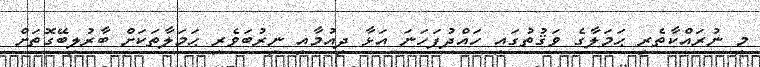
މި ނުރައްކާތެރި ޙަމަލާގެ ވަޤުތުގައި ހައްދުފަހަނަ އަޅާ ދިއުމާއި ނިރުބަވެރި ޙަމަލާތަކަށް ބާރުލިބޭގޮތަށް